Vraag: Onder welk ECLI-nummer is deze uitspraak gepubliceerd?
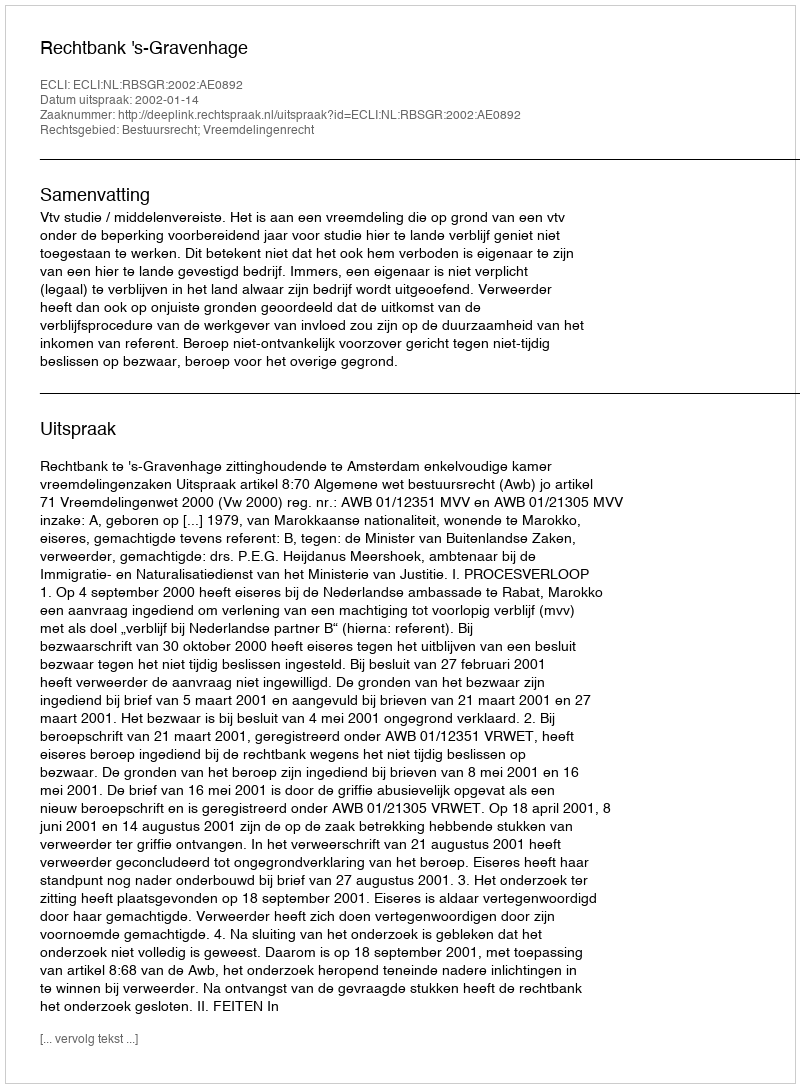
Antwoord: ECLI:NL:RBSGR:2002:AE0892